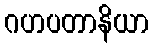
ဂဟပတာနိယာ